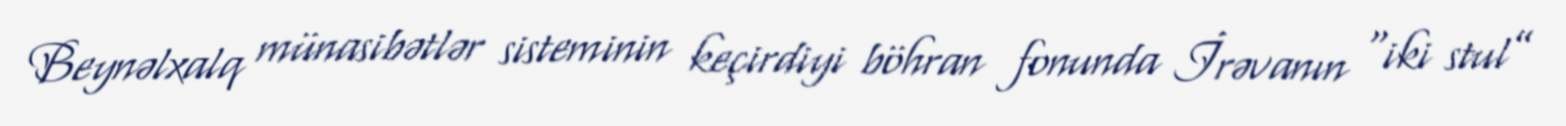
Beynəlxalq münasibətlər sisteminin keçirdiyi böhran fonunda İrəvanın “iki stul”